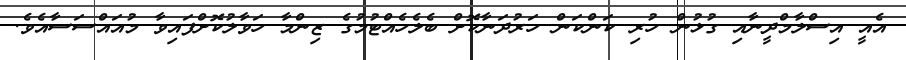
އެއީ އިސްލާމްދީނާއި ގުޅުން ހުރި ކަންކަން ހަރުދަނާކޮށް ބެލެހެއްޓުމުގެ ޒިންމާ ހަވާލުކޮށްފައިވާ މުއައްސަސާއެވެ.